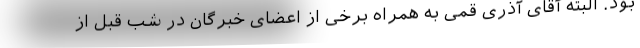
بود. البته آقای آذری قمی به همراه برخی از اعضای خبرگان در شب قبل از